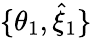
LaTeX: \{ \theta_{1},\hat{{\xi}}_{1}\}